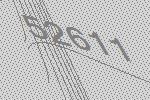
52611